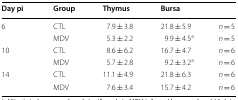
<table><thead><tr><td><b>Day pi</b></td><td><b>Group</b></td><td><b>Thymus</b></td><td><b>Bursa</b></td><td></td></tr></thead><tbody><tr><td rowspan="2">6</td><td>CTL</td><td>7.9 ± 3.8</td><td>21.8 ± 5.9</td><td><i>n</i> = 5</td></tr><tr><td>MDV</td><td>5.3 ± 2.2</td><td>9.9 ± 4.5<sup>a</sup></td><td><i>n</i> = 5</td></tr><tr><td rowspan="2">10</td><td>CTL</td><td>8.6 ± 6.2</td><td>16.7 ± 4.7</td><td><i>n</i> = 6</td></tr><tr><td>MDV</td><td>5.7 ± 2.8</td><td>9.2 ± 3.2<sup>a</sup></td><td><i>n</i> = 6</td></tr><tr><td rowspan="2">14</td><td>CTL</td><td>11.1 ± 4.9</td><td>21.8 ± 6.3</td><td><i>n</i> = 6</td></tr><tr><td>MDV</td><td>7.6 ± 3.4</td><td>15.7 ± 4.2</td><td><i>n</i> = 6</td></tr></tbody></table>